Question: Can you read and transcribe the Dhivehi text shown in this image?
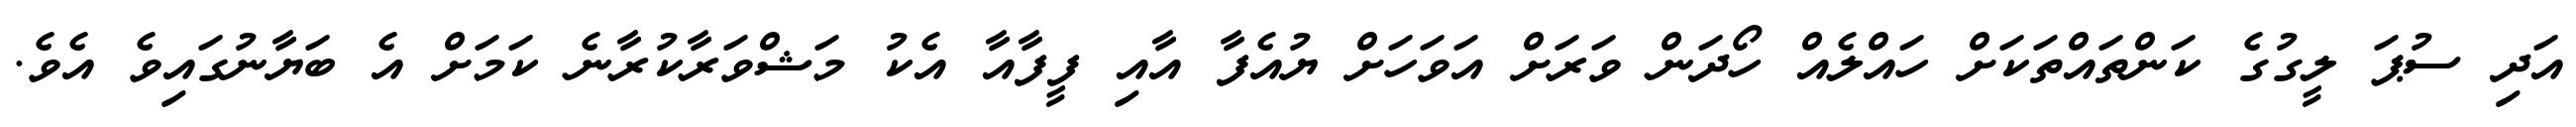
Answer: އަދި ސުޕަ ލީގުގެ ކަންތައްތަކަށް ހައްލެއް ހޯދަން ވަރަށް އަވަހަށް ޔުއެފާ އާއި ފީފާއާ އެކު މަޝްވަރާކުރާނެ ކަމަށް އެ ބަޔާނުގައިވެ އެވެ.